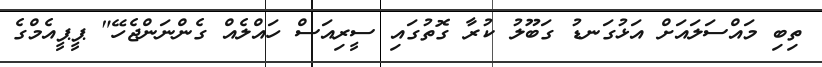
ތިބި މައްސަލައަށް އަޅުގަނޑު ގަބޫލު ކުރާ ގޮތުގައި ސީރިއަސް ހައްލެއް ގެންނަންޖެހޭ" ޕީޕީއެމްގެ